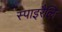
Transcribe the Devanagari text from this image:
स्पाइरैलि